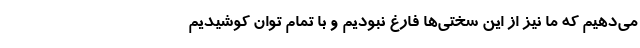
می‌دهیم که ما نیز از این سختی‌ها فارغ نبودیم و با تمام توان کوشیدیم